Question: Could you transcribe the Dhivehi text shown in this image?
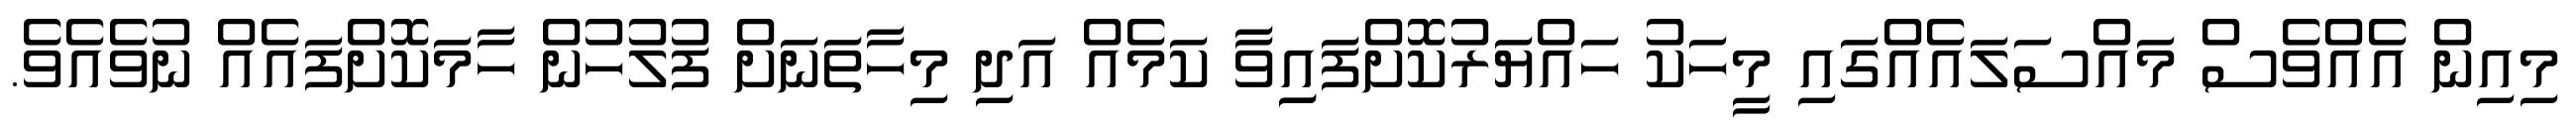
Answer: މިއިން އެއްވެސް މައްސަލައެއްގައި މީހަކު ހައްޔަރުކޮށްފައިިވާ ކަމެއް އަދި މިހާތަނަށް ފުލުހުން ހާމަކޮށްފައެއް ނުވެއެވެ.